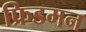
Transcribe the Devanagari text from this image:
फ्रिडमन